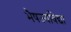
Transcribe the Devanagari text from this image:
भैषज्यविद्या